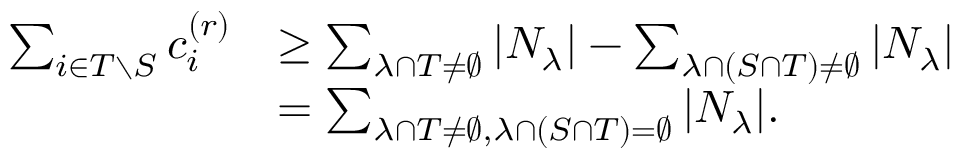
\begin{array} { r l } { \sum _ { i \in T \setminus S } c _ { i } ^ { ( r ) } } & { \geq \sum _ { \lambda \cap T \neq \emptyset } | N _ { \lambda } | - \sum _ { \lambda \cap ( S \cap T ) \neq \emptyset } | N _ { \lambda } | } \\ & { = \sum _ { \lambda \cap T \neq \emptyset , \lambda \cap ( S \cap T ) = \emptyset } | N _ { \lambda } | . } \end{array}